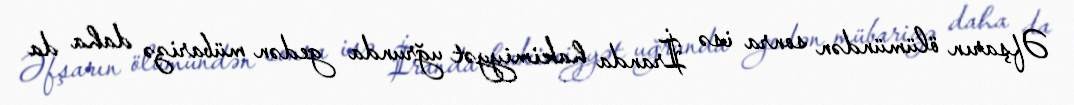
Əfşarın ölümündən sonra isə İranda hakimiyyət uğrunda gedən mübarizə daha da